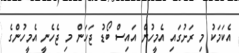
އެކަމަކު މި ރަށުގައި އެމީހުން އައިސް ބޯޑު ޖަހަން މި ޖެހެނީ އެމީހުންގެ